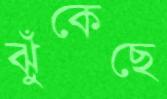
ঝুঁকেছে